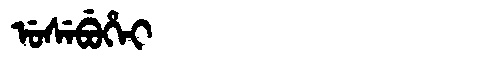
Manchu: ᡠᠰᡝᠪᡠᡥᡝᡳ
Romanization: USEBUHEI